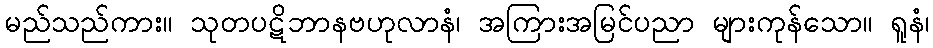
မည်သည်ကား။ သုတပဋိဘာနဗဟုလာနံ၊ အကြားအမြင်ပညာ များကုန်သော။ ရူနံ၊